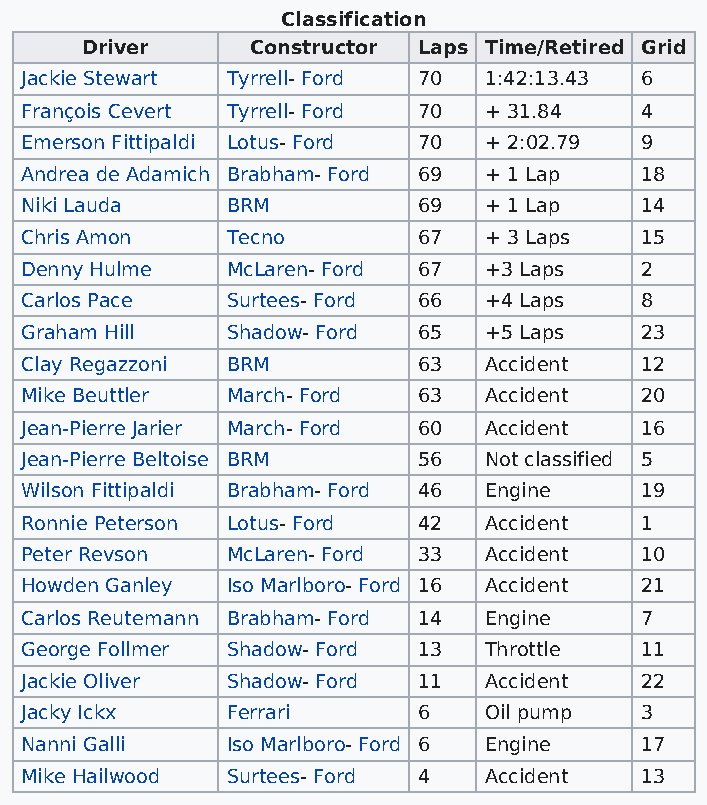
Classification
 Driver      Constructor Laps Time/Retired Grid
 Jackie Stewart Tyrrell- Ford 70 1:42:13.43 6
 François Cevert Tyrrell- Ford 70 + 31.84 4
 Emerson Fittipaldi Lotus- Ford 70 + 2:02.79 9
 Andrea de Adamich Brabham- Ford 69 + 1 Lap 18
 Niki Lauda    BRM          69  + 1 Lap   14
 Chris Amon    Tecno        67  + 3 Laps  15
 Denny Hulme   McLaren- Ford 67 +3 Laps   2
 Carlos Pace   Surtees- Ford 66 +4 Laps   8
 Graham Hill   Shadow- Ford 65  +5 Laps   23
 Clay Regazzoni BRM         63  Accident  12
 Mike Beuttler March- Ford  63  Accident  20
 Jean-Pierre Jarier March- Ford 60 Accident 16
 Jean-Pierre Beltoise BRM   56  Not classified 5
 Wilson Fittipaldi Brabham- Ford 46 Engine 19
 Ronnie Peterson Lotus- Ford 42 Accident  1
 Peter Revson  McLaren- Ford 33 Accident  10
 Howden Ganley Iso Marlboro- Ford 16 Accident 21
 Carlos Reutemann Brabham- Ford 14 Engine 7
 George Follmer Shadow- Ford 13 Throttle  11
 Jackie Oliver Shadow- Ford 11  Accident  22
 Jacky Ickx    Ferrari      6   Oil pump  3
 Nanni Galli   Iso Marlboro- Ford 6 Engine 17
 Mike Hailwood Surtees- Ford 4  Accident  13